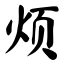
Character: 烦